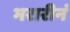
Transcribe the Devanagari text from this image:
भरारीनं